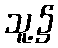
သူ့၌